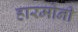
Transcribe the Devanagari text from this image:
हारमोनी